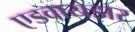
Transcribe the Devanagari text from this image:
एडवायझर